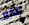
لتقرر